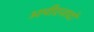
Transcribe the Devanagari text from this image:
अमीरजादों